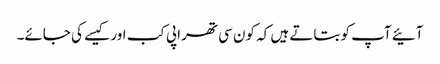
آئیے آپ کو بتاتے ہیں کہ کون سی تھراپی کب اور کیسے کی جائے۔